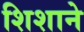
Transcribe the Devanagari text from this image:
शिशाने